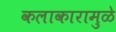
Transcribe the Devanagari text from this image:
कलाकारामुळे